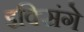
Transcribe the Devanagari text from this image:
इक्सिंगे